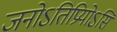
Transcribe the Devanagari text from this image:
जनोऽतिप्रियोऽसि